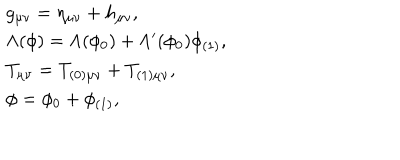
LaTeX: \begin{array} { l l } { { g _ { \mu \nu } = \eta _ { \mu \nu } + h _ { \mu \nu } , } } \\ { { \Lambda ( \phi ) = \Lambda ( \phi _ { 0 } ) + \Lambda ^ { \prime } ( \phi _ { 0 } ) \phi _ { ( 1 ) } , } } \\ { { T _ { \mu \nu } = T _ { ( 0 ) \mu \nu } + T _ { ( 1 ) \mu \nu } , } } \\ { { \phi = \phi _ { 0 } + \phi _ { ( 1 ) } , } } \\ \end{array}